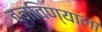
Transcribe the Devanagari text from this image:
बनविण्याला